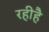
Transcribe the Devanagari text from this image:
रहीहै